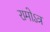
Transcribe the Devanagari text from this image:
रामोऽत्र